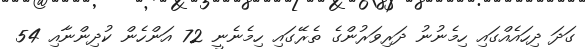
ގަދަ ދިހައެއްގައި ހިމެނުނު ދަރިވަރުންގެ ތެރޭގައި ހިމެނެނީ 72 އަންހެން ކުދިންނާއި 54